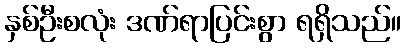
နှစ်ဦးစလုံး ဒဏ်ရာပြင်းစွာ ရရှိသည်။